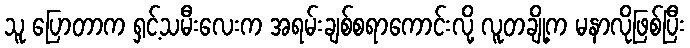
သူ ပြောတာက ရှင့်သမီးလေးက အရမ်းချစ်စရာကောင်းလို့ လူတချို့က မနာလိုဖြစ်ပြီး